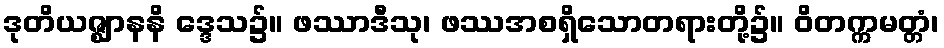
ဒုတိယဇ္ဈာနနိ ဒ္ဒေသ၌။ ဖဿာဒီသု၊ ဖဿအစရှိသောတရားတို့၌။ ဝိတက္ကမတ္တံ၊